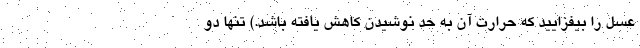
عسل را بیفزایید که حرارت آن به حد نوشیدن کاهش یافته باشد.) تنها دو